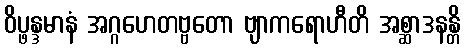
ဝိပ္ဖန္ဒမာနံ အဂ္ဂဟေတဗ္ဗတော ဗျာကရောဟီတိ အစ္ဆာဒနန္တိ